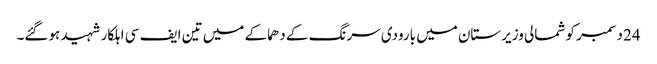
24 دسمبر کو شمالی وزیرستان میں بارودی سرنگ کے دھماکے میں تین ایف سی اہلکار شہید ہوگئے۔